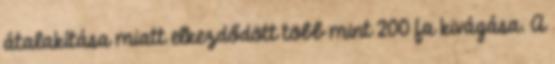
átalakítása miatt elkezdődött több mint 200 fa kivágása. A